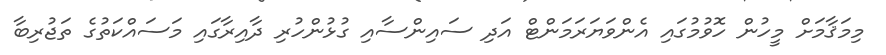
މިމަޤާމަށް މީހުން ހޮވުމުގައި އެންވަޔަރަމަންޓް އަދި ސައިންސާއި ގުޅުންހުރި ދާއިރާގައި މަސައްކަތުގެ ތަޖުރިބާ